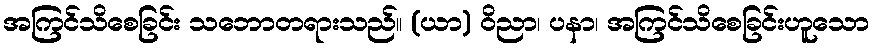
အကြင်သိစေခြင်း သဘောတရားသည်။ (ယာ) ဝိညာ၊ ပနာ၊ အကြင်သိစေခြင်းဟူသော